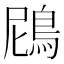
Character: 䲿